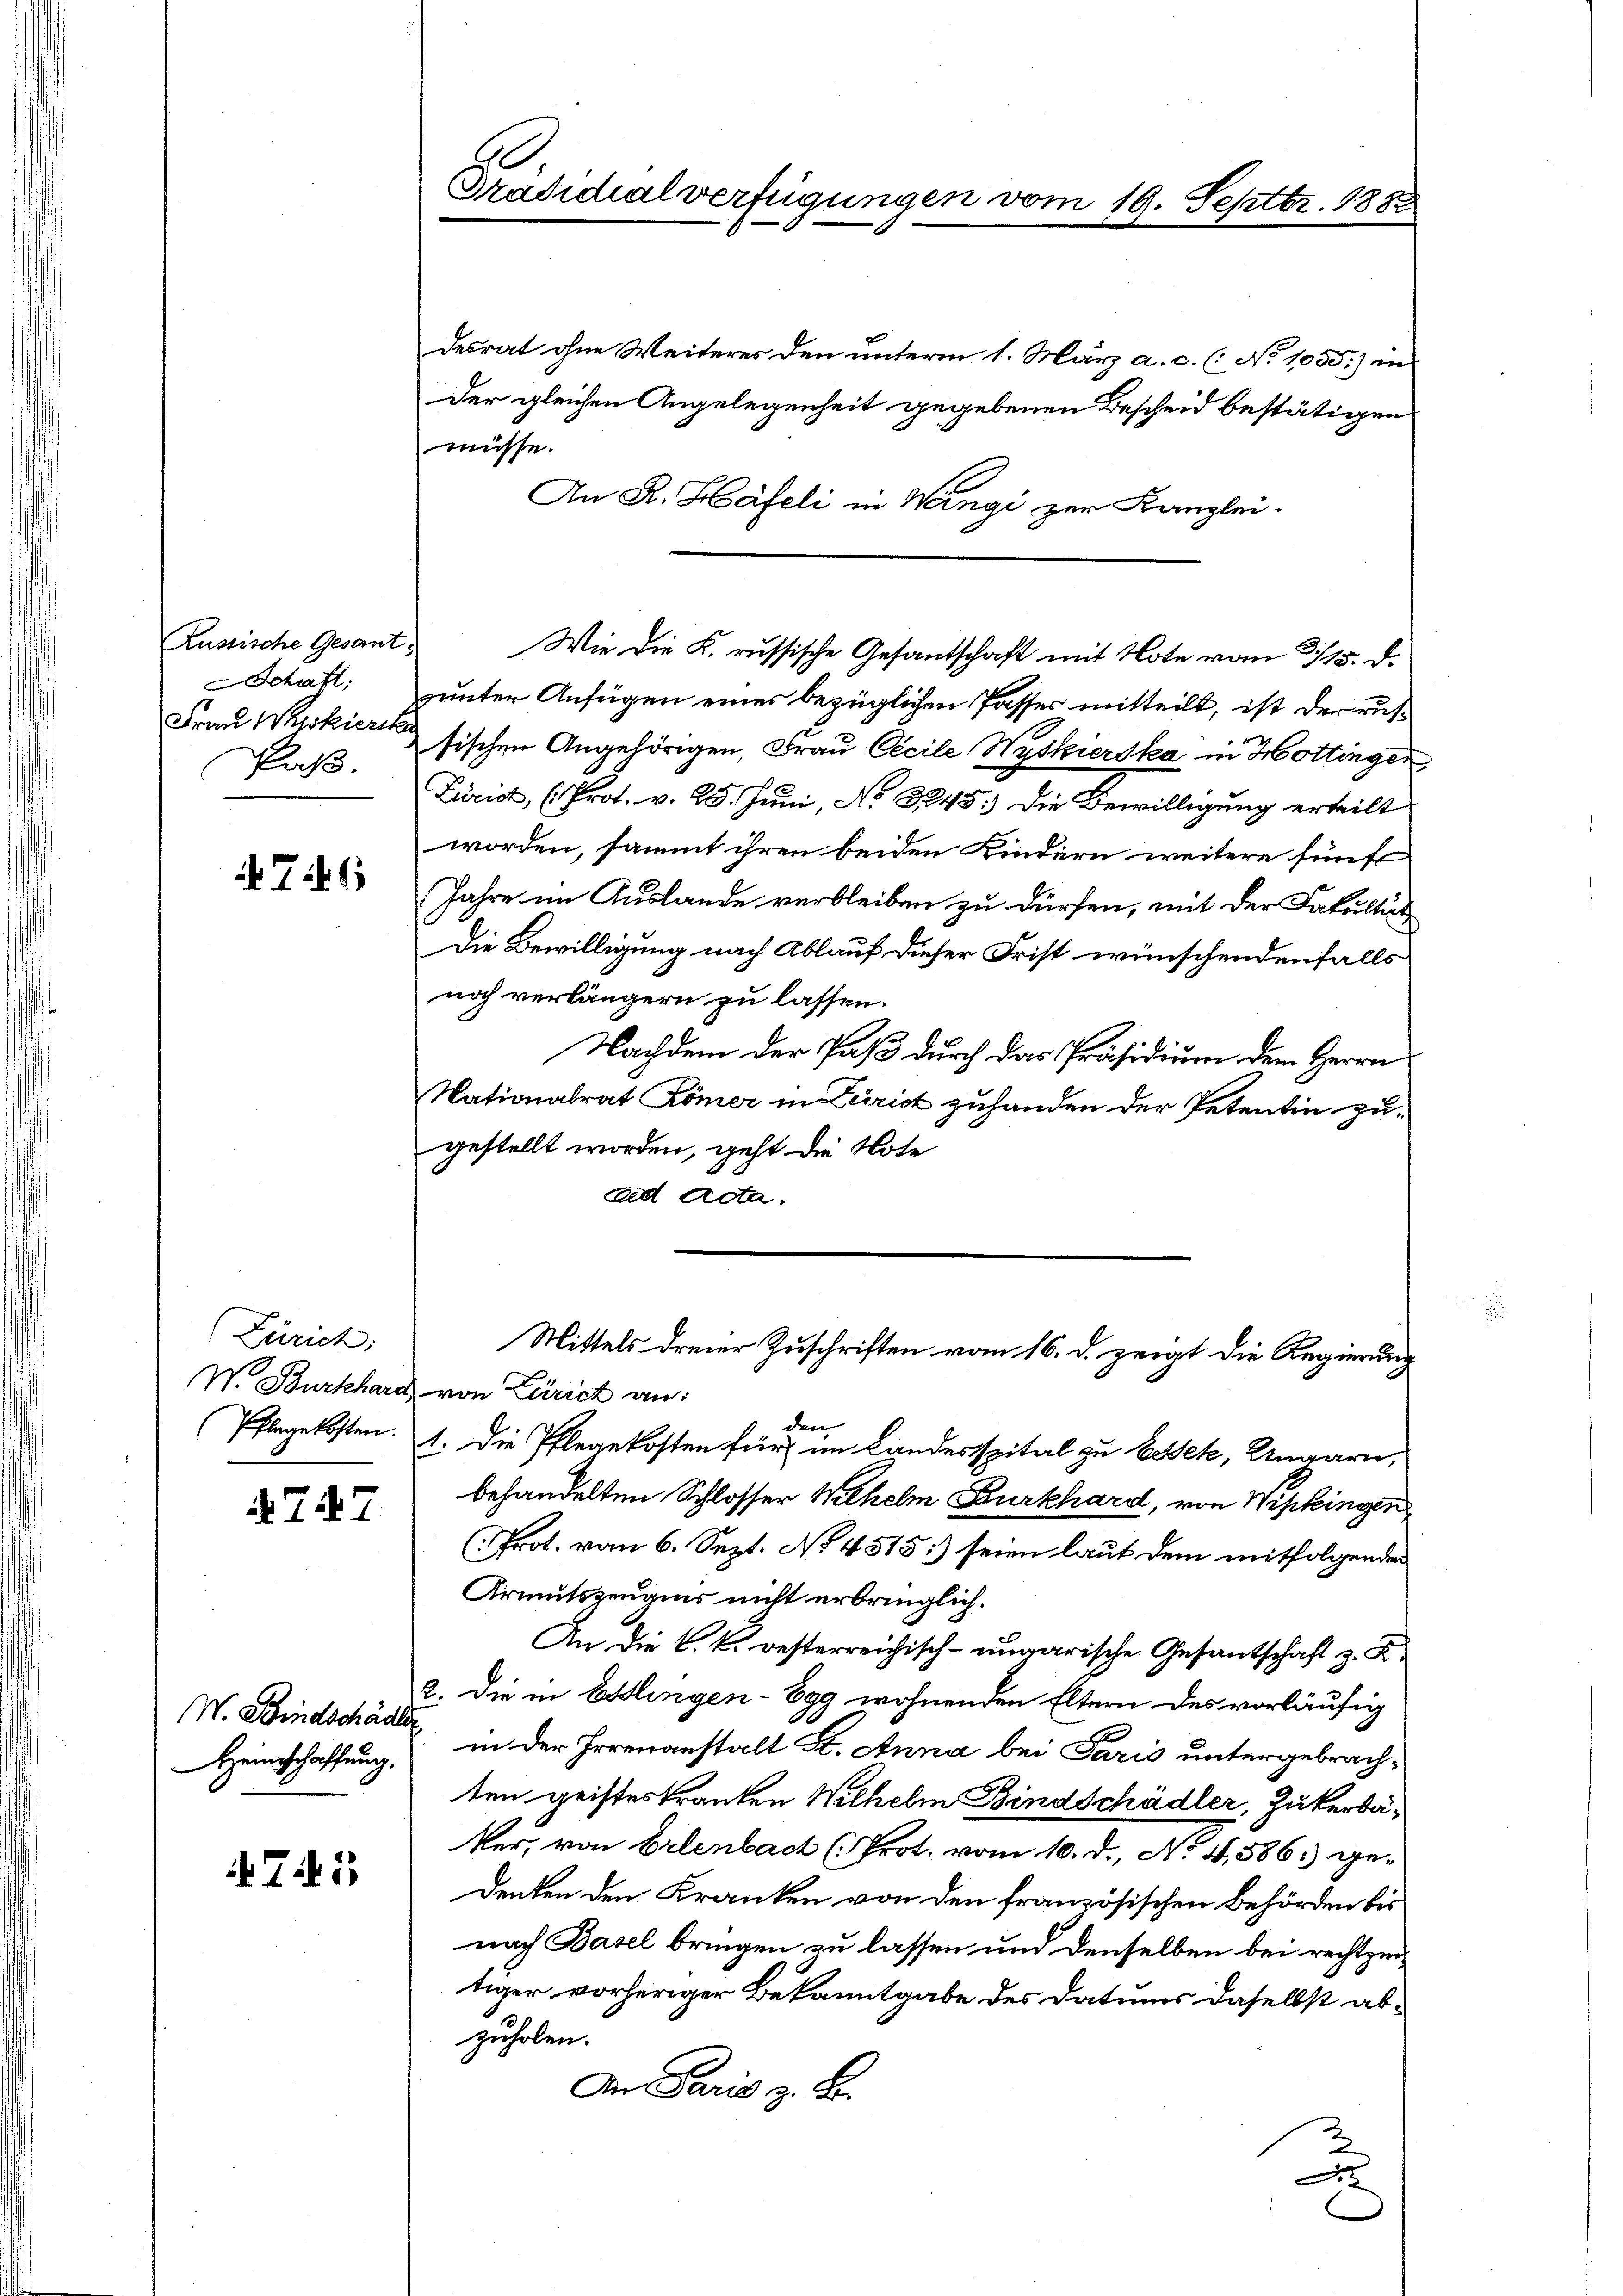
Russische Gesant¬
Schaft:
Paß.

76

Zürich:

747

W. Bindschädler
Heinschaffung.

745

.
Präsidialverfügungen vom 19. Septbr. 1882

desrat ohne Weiteres den unterm 1. März a. c. (: No 1055.) in
der gleichen Angelegenheit gegebenen Bescheid bestätigen
müsse.
An K. Häfeli in Wingi zur Kanzlei.
runter Anfügen eines bezüglichen Passes mitteilt, ist der rus¬
Frau Wiskiersischen Angehörigen, Frau Cécile Wyskierska in Hottingen
Zürich, (Prot. v. 25. Juni, No 345.) Die Bewilligung erteilt
worden, sammt ihren beiden Kindern weitere fünft
Jahre im Auslande verbleiben zu dürfen, mit der Fakultät
Die Bewilligung nach Ablauf dieser Frist wünschendenfalls
noch verlängern zu lassen.
Nachdem der Paß durch das Präsidium dem Herrn
Nationalrat Römer in Zürich zuhanden der Petentin zugestellt worden, geht die Note
ad Acta.
Mittels dreier Zuschriften vom 16. d. zeigt die Regierung
W. Burkhard von Zürich an:
den
Pflegekosten. 1. Die Pflegekosten für im Landesspital zu Bestek, Ungarn,
behandelten Schlosser Wilhelm Burkhard, von Wipkingen
(Prot. vom 6. Sept. No. 4515) seien laut dem mitfolgenden
Armutszeugnis nicht erbringlich.
An die k. k. oesterreichisch-ungarische Gesantschaft z. B.
2. Die in Esslingen - Egg wohnenden Eltern des vorläufig
in der Irrenanstalt St. Anna bei Paris untergebrachten geistes tranken Wilhelm Bindschädler, Zukerbäker, von Erlenbach (Prot. vom 10. d., No 4,586. gedenken den Kranken von den französischen Behörden bis
nach Basel bringen zu lassen und denselben bei rechtzeitiger vorheriger Bekanntgabe des Datums daselbst abzuholen.
An Paris z. B.
F

Wie die K. russische Gesantschaft mit Note vom 2./13. d.